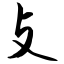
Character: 攴